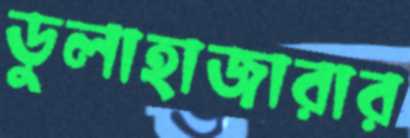
ডুলাহাজারার